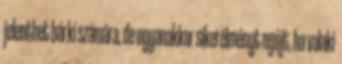
jelenthet bárki számára, de ugyanakkor sikerélményt nyújt, ha valaki